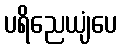
ပရိညေယျံပေ